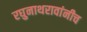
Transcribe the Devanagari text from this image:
रघुनाथरावांनीच